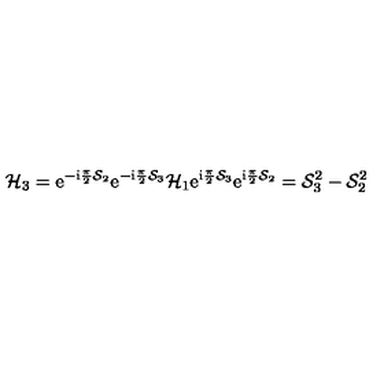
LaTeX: { \cal H } _ { 3 } = { \mathrm e } ^ { - { \mathrm i } \frac { \pi } { 2 } { \cal S } _ { 2 } } { \mathrm e } ^ { - { \mathrm i } \frac { \pi } { 2 } { \cal S } _ { 3 } } { \cal H } _ { 1 } { \mathrm e } ^ { { \mathrm i } \frac { \pi } { 2 } { \cal S } _ { 3 } } { \mathrm e } ^ { { \mathrm i } \frac { \pi } { 2 } { \cal S } _ { 2 } } = { \cal S } _ { 3 } ^ { 2 } - { \cal S } _ { 2 } ^ { 2 }